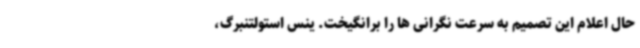
حال اعلام این تصمیم به سرعت نگرانی ها را برانگیخت. ینس استولتنبرگ،